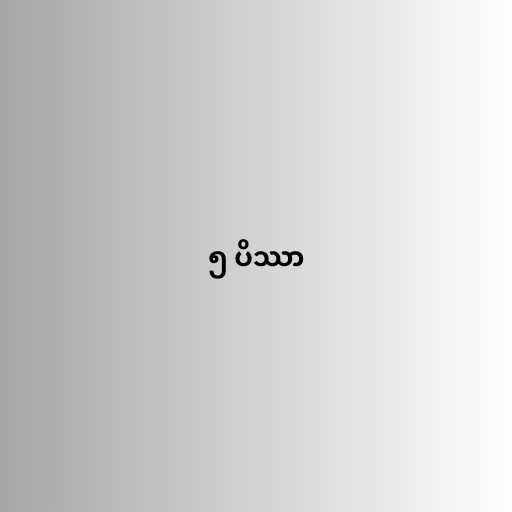
၅ ပိဿာ